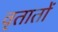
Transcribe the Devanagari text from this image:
वृतातों